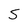
Character: S